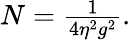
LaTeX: \begin{array}{r}{N=\frac{1}{4\eta^{2}g^{2}}.}\end{array}